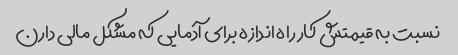
نسبت به قیمتش کار راه اندازه برای آدمایی که مشکل مالی دارن